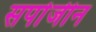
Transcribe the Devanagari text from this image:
सर्पाजीन